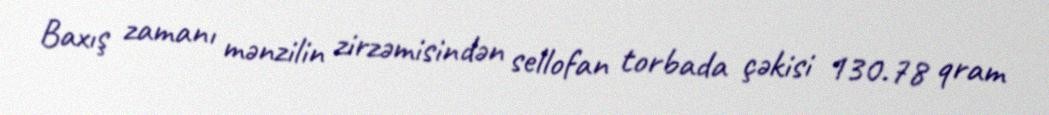
Baxış zamanı mənzilin zirzəmisindən sellofan torbada çəkisi 130.78 qram